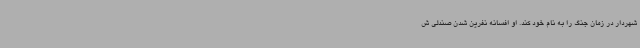
شهردار در زمان جنگ را به نام خود کند. او افسانه نفرین شدن صندلی ش